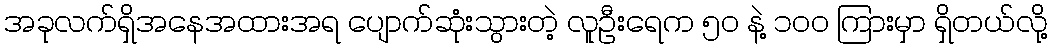
အခုလက်ရှိအနေအထားအရ ပျောက်ဆုံးသွားတဲ့ လူဦးရေက ၅၀ နဲ့ ၁၀၀ ကြားမှာ ရှိတယ်လို့